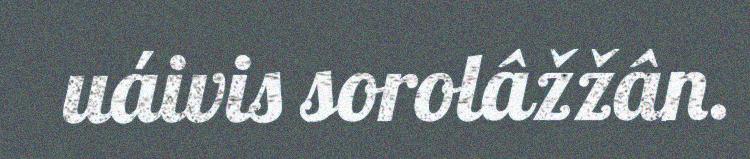
uáivis sorolâžžân.